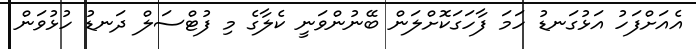
އެއަށްފަހު އަޅުގަނޑު ހަމަ ފާހަގަކޮށްލަން ބޭނުންވަނީ ކެލާގެ މި ފުޓްސަލް ދަނޑު ހުޅުވަން